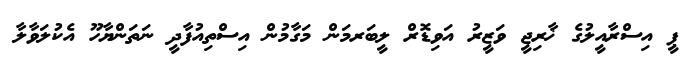
ޕީ އިސްރާއީލުގެ ޚާރިޖީ ވަޒީރު އަވިޑޮރް ލީބަރމަން މަގާމުން އިސްތިއުފާދީ ނަތަންޔާހޫ އެކުލަވާލާ